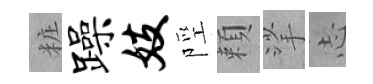
粧躁妓陘頼挲𢖽